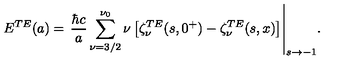
\displaystyle { E ^ { T E } ( a ) = \left. \frac { \hbar c } { a } \sum _ { \nu = 3 / 2 } ^ { \nu _ { 0 } } \nu \left[ \zeta _ { \nu } ^ { T E } ( s , 0 ^ { + } ) - \zeta _ { \nu } ^ { T E } ( s , x ) \right] \right| _ { s \rightarrow - 1 } } .